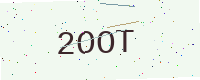
Text: 2OOT